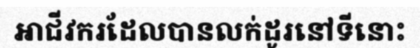
អាជីវករដែលបានលក់ដូរនៅទីនោះ